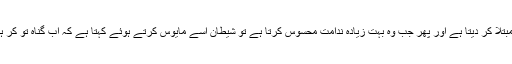
عام طور پر ایسا ہوتا ہے کہ شیطان انسان کو کسی ایسے عمل میں مبتلا کر دیتا ہے اور پھر جب وہ بہت زیادہ ندامت محسوس کرتا ہے تو شیطان اسے مایوس کرتے ہوئے کہتا ہے کہ اب گناہ تو کر ہی بیٹھے ہو اور سزا تو ملنی ہی ہے تو چلو کچھ اور انجوائے کر لو۔